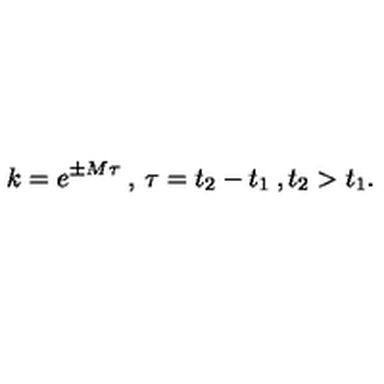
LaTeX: k = e ^ { \pm M \tau } \: , \: \tau = t _ { 2 } - t _ { 1 } \: , t _ { 2 } > t _ { 1 } .